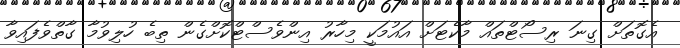
އެގޮތަށް ގިނަ ރިސޯޓްތައް މާކެޓަށް އައުމަކީ މިހާރު އިންވެސްޓްކޮށްގެން ތިބެ ހުލިވުމާ ގާތްވެފައިވާ